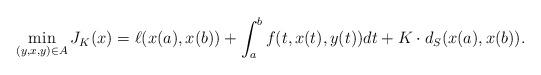
LaTeX: \begin{align*} \min_{(y,x,y)\in A} J_K(x)= \ell(x(a),x(b)) +\int_a^b f(t,x(t),y(t))dt + K\cdot d_{S}(x(a),x(b)).\end{align*}